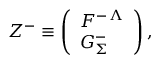
{ \cal Z } ^ { - } \equiv \left( \begin{array} { l } { { { \cal F } ^ { - \, \Lambda } } } \\ { { { \cal G } _ { \Sigma } ^ { - } } } \end{array} \right) ,